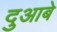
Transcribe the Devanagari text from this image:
दुआबे